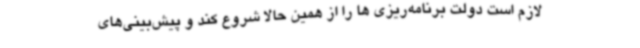
لازم است دولت برنامه‌ریزی ها را از همین حالا شروع کند و پیش‌بینی‌های